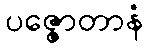
ပဇ္ဇောတာနံ